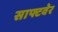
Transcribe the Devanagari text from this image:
साफ्टवेर